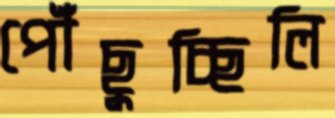
পৌঁছুচ্ছিলি